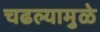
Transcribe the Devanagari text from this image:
चढल्यामुळे